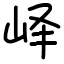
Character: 峄